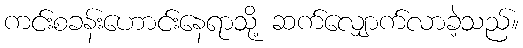
ကင်းစခန်းဟောင်းနေရာသို့ ဆက်လျှောက်လာခဲ့သည်။